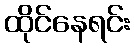
ထိုင်နေရင်း